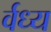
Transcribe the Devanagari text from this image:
र्वध्य